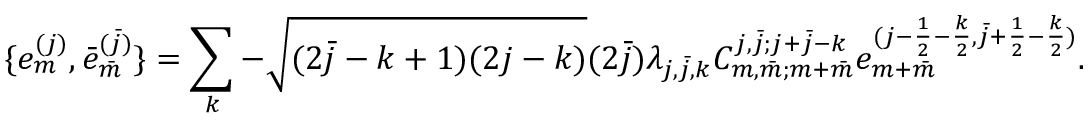
\{ e _ { m } ^ { ( j ) } , \bar { e } _ { \bar { m } } ^ { ( \bar { j } ) } \} = \sum _ { k } - \sqrt { ( 2 \bar { j } - k + 1 ) ( 2 j - k ) } ( 2 \bar { j } ) \lambda _ { j , \bar { j } , k } C _ { m , \bar { m } ; m + \bar { m } } ^ { j , \bar { j } ; j + \bar { j } - k } e _ { m + \bar { m } } ^ { ( j - \frac { 1 } { 2 } - \frac { k } { 2 } , \bar { j } + \frac { 1 } { 2 } - \frac { k } { 2 } ) } .